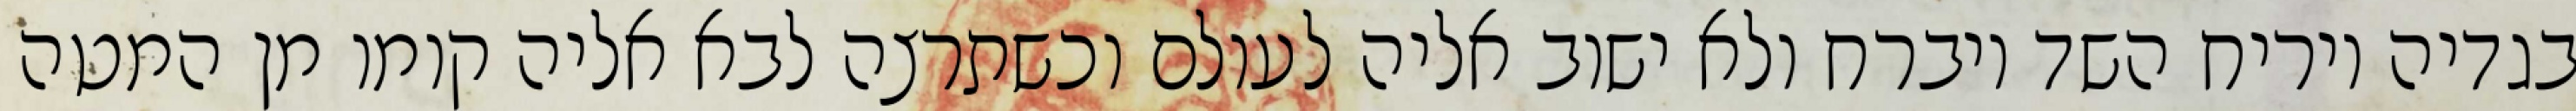
בגדיה ויריח השד ויברח ולא ישוב אליה לעולם וכשתרצה לבא אליה קומו מן המטה